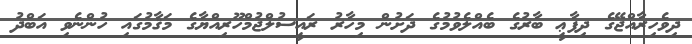
ދިވެހިރާއްޖޭގެ ދިފާޢީ ބާރުގެ ބެއްލެވުމުގެ ދަށުން މިހާރު ރައީސުލްޖުމްހޫރިއްޔާގެ މަޤާމުގައި ހުންނެވި އަބްދު